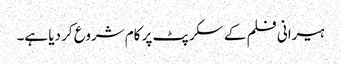
ہیرانی فلم کے سکرپٹ پر کام شروع کر دیا ہے۔